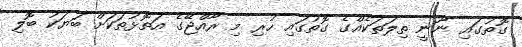
ގޮތުގައި ނޫނީ ތިލަތަކެއްގެ ގޮތުގައި ހުރި މި ރާއްޖޭގެ އަތޮޅުތަކަށް ބަޔަކު ބޮލި